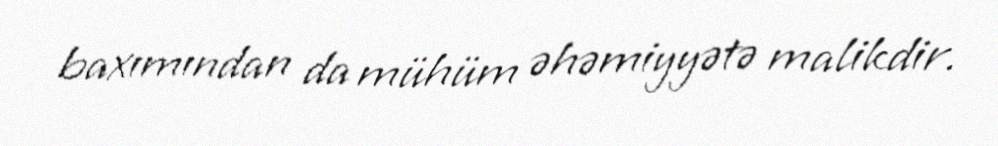
baxımından da mühüm əhəmiyyətə malikdir.